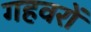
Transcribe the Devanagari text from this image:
गहवरों